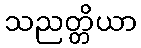
သညတ္တိယာ